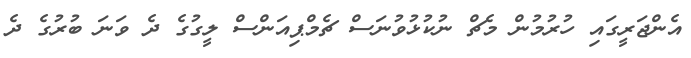
އެންޖަރީގައި ހުރުމުން މެޗް ނުކުޅުވުނަސް ޗެމްޕިއަންސް ލީގުގެ ދެ ވަނަ ބުރުގެ ދެ